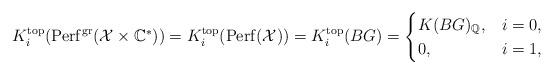
LaTeX: \begin{align*} K_i^{\mathrm{top}}(\mathrm{Perf}^{\mathrm{gr}}(\mathcal{X} \times \mathbb{C}^{\ast})) =K_i^{\mathrm{top}}(\mathrm{Perf}(\mathcal{X})) =K_i^{\mathrm{top}}(BG)=\begin{cases} K(BG)_{\mathbb{Q}}, & i=0, \\ 0, & i=1, \end{cases}\end{align*}